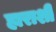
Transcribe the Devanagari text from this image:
हाराशी